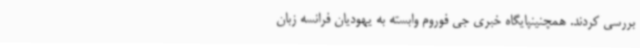
بررسی کردند. همچنینپایگاه خبری جی فوروم وابسته به یهودیان فرانسه زبان